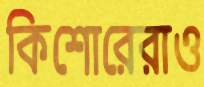
কিশোরেরাও